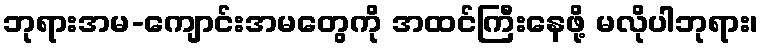
ဘုရားအမ-ကျောင်းအမတွေကို အထင်ကြီးနေဖို့ မလိုပါဘုရား၊